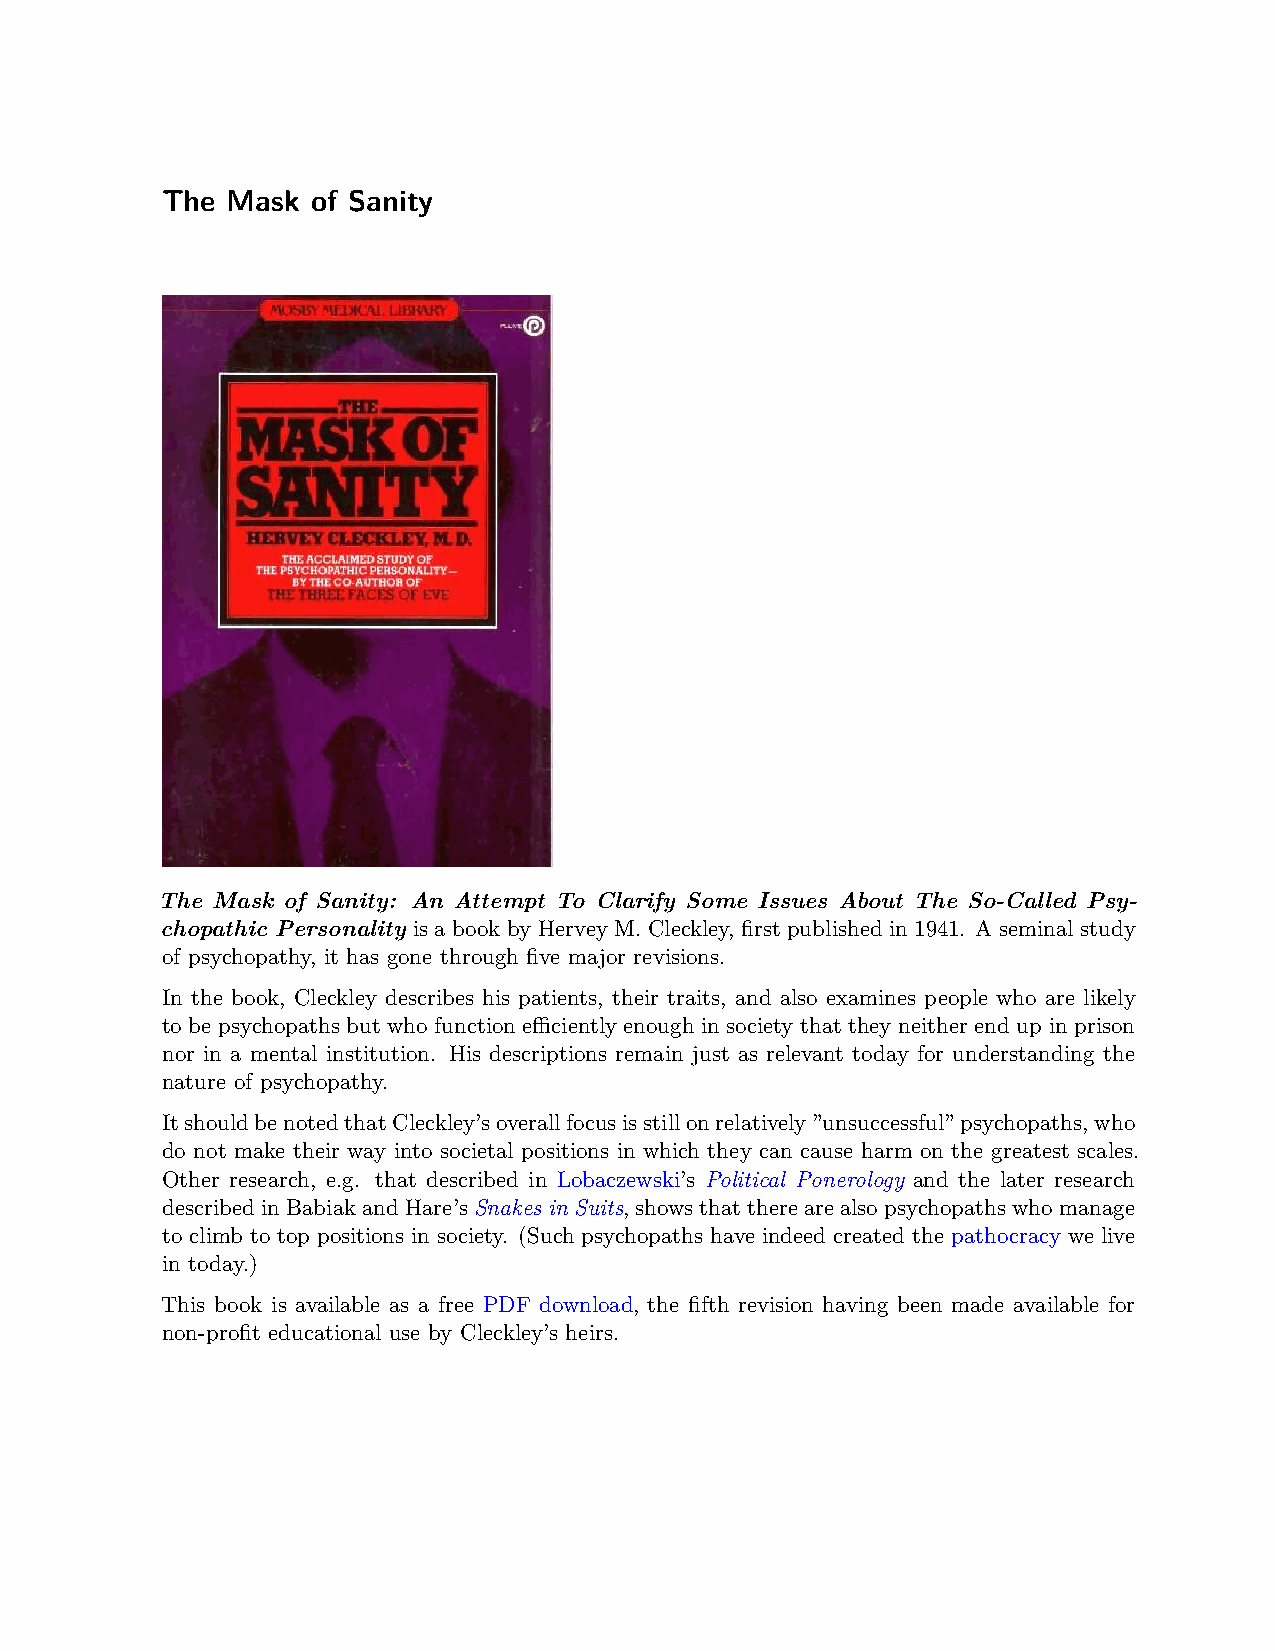
The Mask  of Sanity
 The Mask of Sanity: An Attempt To Clarify Some Issues About The So-Called Psy-
 chopathic Personality is a book by Hervey M. Cleckley, first published in 1941. A seminal study
 of psychopathy, it has gone through five major revisions.
 In the book, Cleckley describes his patients, their traits, and also examines people who are likely
 to be psychopaths but who function eﬀiciently enough in society that they neither end up in prison
 nor in a mental institution. His descriptions remain just as relevant today for understanding the
 nature of psychopathy.
 ItshouldbenotedthatCleckley’soverallfocusisstillonrelatively”unsuccessful”psychopaths,who
 do not make their way into societal positions in which they can cause harm on the greatest scales.
 Other research, e.g. that described in Lobaczewski’s Political Ponerology and the later research
 describedinBabiakandHare’sSnakes in Suits, showsthattherearealsopsychopathswhomanage
 to climb to top positions in society. (Such psychopaths have indeed created the pathocracy we live
 in today.)
 This book is available as a free PDF download, the fifth revision having been made available for
 non-profit educational use by Cleckley’s heirs.